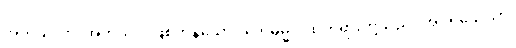
အကုသလာ၊ အကုသိုလ်ဖြစ်ကုန်သော။ တေဓမ္မာ၊ ထိုတရားတို့သည်။ အပရိသေသာ၊